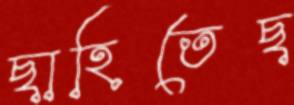
ছাহিতেছ